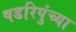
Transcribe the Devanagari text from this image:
षडरिपुंच्या